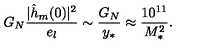
G _ { N } { \frac { | \hat { h } _ { m } ( 0 ) | ^ { 2 } } { e _ { l } } } \sim { \frac { G _ { N } } { y _ { * } } } \approx { \frac { 1 0 ^ { 1 1 } } { M _ { * } ^ { 2 } } } .